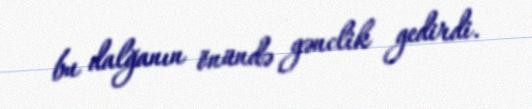
bu dalğanın önündə gənclik gedirdi.